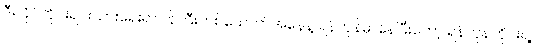
ဒီရခိုင်တိုင်းရင်းသားရေးရာဝန်ကြီးတစ်ယောက်အနေနဲ့ ရန်ကုန်မှာနေပြီးတော့ ရန်ကုန်တိုင်းရဲ့